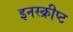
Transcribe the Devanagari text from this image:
इनस्क्रीप्ट